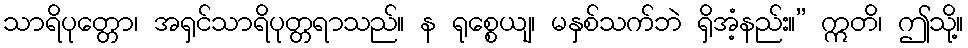
သာရိပုတ္တော၊ အရှင်သာရိပုတ္တရာသည်။ န ရုစ္စေယျ၊ မနှစ်သက်ဘဲ ရှိအံ့နည်း။” ဣတိ၊ ဤသို့။